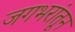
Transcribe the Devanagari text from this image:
जगभरांतून